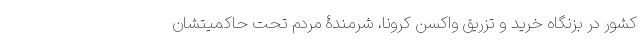
کشور در بزنگاه خرید و تزریق واکسن کرونا، شرمندۀ مردم تحت حاکمیتشان